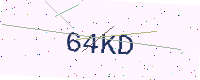
Text: 64KD